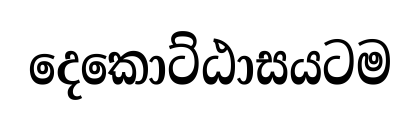
දෙකොට්ඨාසයටම